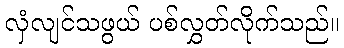
လှံလျင်သဖွယ် ပစ်လွှတ်လိုက်သည်။